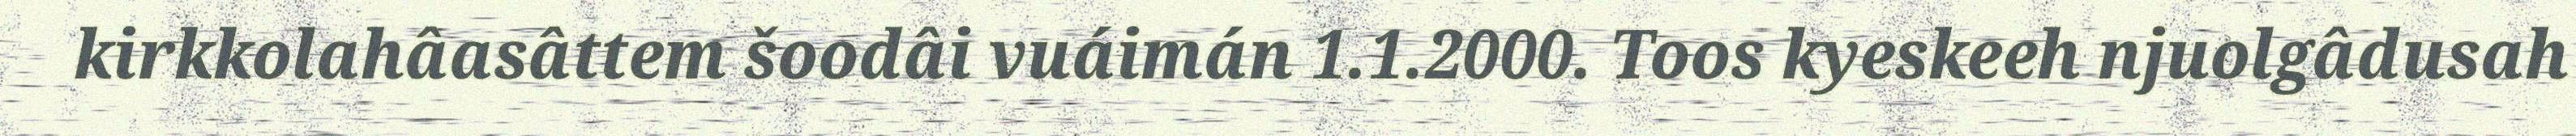
kirkkolahâasâttem šoodâi vuáimán 1.1.2000. Toos kyeskeeh njuolgâdusah